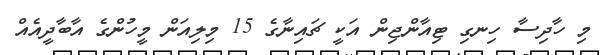
މި ހާދިސާ ހިނގި ޓިއާންޖިން އަކީ ޗައިނާގެ 15 މިލިއަން މީހުންގެ އާބާދީއެއް